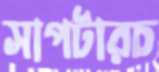
সাপটারচ